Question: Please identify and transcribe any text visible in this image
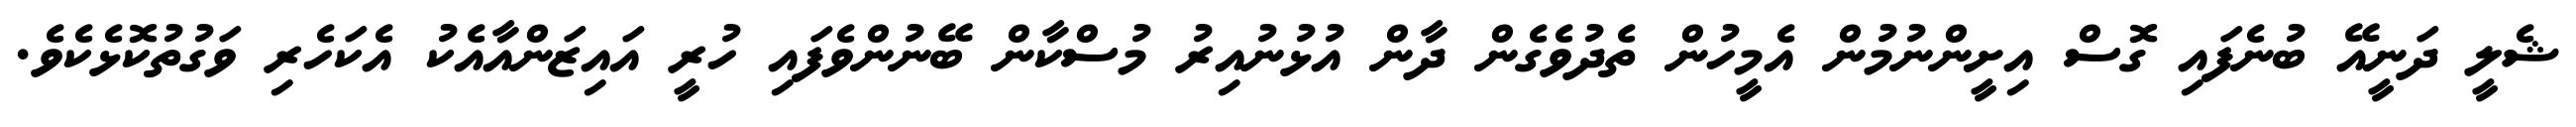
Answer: ޝެލީ ދަނީއޭ ބުނެފައި ގޮސް އިށީންނުމުން އެމީހުން ތެދުވެގެން ދާން އުޅުނުއިރު މުސްކާން ބޭނުންވެފައި ހުރީ އައިޒަންއާއެކު އެކަހެރި ވަގުތުކޮޅެކެވެ.